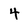
Character: 4